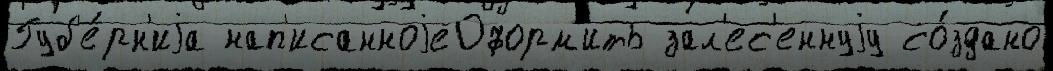
Губ'е́рн'иjа нап'исанноjеОформ'ить зал'ес'еннуjу со́здано